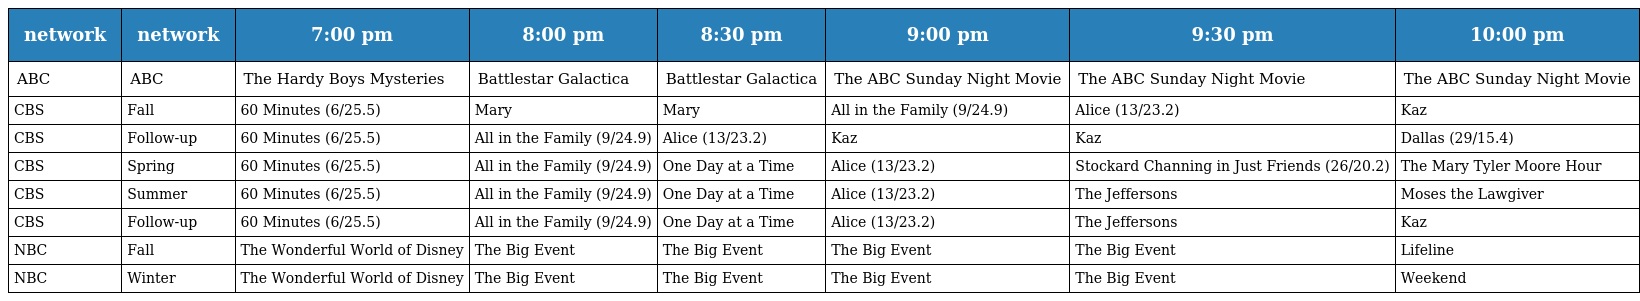
| network | network | 7:00 pm | 8:00 pm | 8:30 pm | 9:00 pm | 9:30 pm | 10:00 pm |
 | --- | --- | --- | --- | --- | --- | --- | --- |
 | ABC | ABC | The Hardy Boys Mysteries | Battlestar Galactica | Battlestar Galactica | The ABC Sunday Night Movie | The ABC Sunday Night Movie | The ABC Sunday Night Movie |
 | CBS | Fall | 60 Minutes (6/25.5) | Mary | Mary | All in the Family (9/24.9) | Alice (13/23.2) | Kaz |
 | CBS | Follow-up | 60 Minutes (6/25.5) | All in the Family (9/24.9) | Alice (13/23.2) | Kaz | Kaz | Dallas (29/15.4) |
 | CBS | Spring | 60 Minutes (6/25.5) | All in the Family (9/24.9) | One Day at a Time | Alice (13/23.2) | Stockard Channing in Just Friends (26/20.2) | The Mary Tyler Moore Hour |
 | CBS | Summer | 60 Minutes (6/25.5) | All in the Family (9/24.9) | One Day at a Time | Alice (13/23.2) | The Jeffersons | Moses the Lawgiver |
 | CBS | Follow-up | 60 Minutes (6/25.5) | All in the Family (9/24.9) | One Day at a Time | Alice (13/23.2) | The Jeffersons | Kaz |
 | NBC | Fall | The Wonderful World of Disney | The Big Event | The Big Event | The Big Event | The Big Event | Lifeline |
 | NBC | Winter | The Wonderful World of Disney | The Big Event | The Big Event | The Big Event | The Big Event | Weekend |